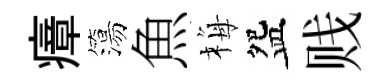
瘴簜魚梅盌贱